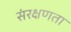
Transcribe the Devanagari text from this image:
संरक्षणता